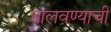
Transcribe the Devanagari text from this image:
घालवण्याची